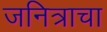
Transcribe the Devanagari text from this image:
जनित्राचा